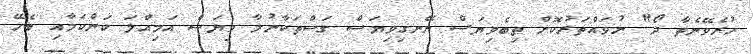
ހުރެވޭނެތާ ދޯ" ނުވައްތަރުކޮށް ތިބެވިޔަސް ނޭނގިވިޔަސް ގަސްތަކާނުލާ ވިޔަސް އަމިއްލަ ކަންކަމާއި ބެހޭ